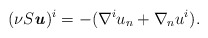
\begin{align*} (\nu S\textbf{\textit{u}})^i = -(\nabla^i u_n + \nabla_n u^i). \end{align*}